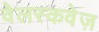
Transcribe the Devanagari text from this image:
वेलस्कवेज़